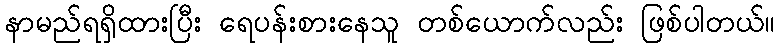
နာမည်ရရှိထားပြီး ရေပန်းစားနေသူ တစ်ယောက်လည်း ဖြစ်ပါတယ်။